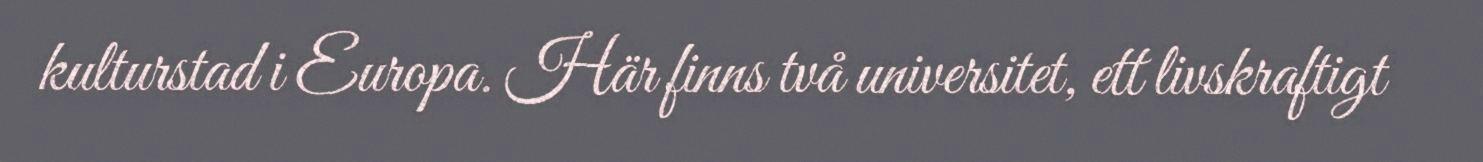
kulturstad i Europa. Här finns två universitet, ett livskraftigt